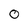
Character: 0